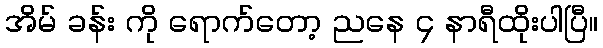
အိမ် ခန်း ကို ရောက်တော့ ညနေ ၄ နာရီထိုးပါပြီ။